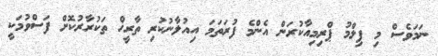
ނަމަވެސް މި ފިލްމު ޕްރިމިއާކުރަން އެންމެ ފުރަތަމަ އިއުލާނުކުރި ތާރީޚް ތަކުރާރުކޮށް ފަސްވުމަކީ